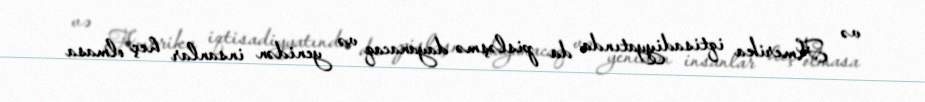
və Amerika iqtisadiyyatında da pisləşmə dayanacaq və yenidən insanlar heç olmasa